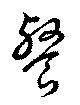
餐